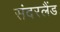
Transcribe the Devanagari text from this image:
संदरलैंड